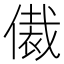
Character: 𬿢